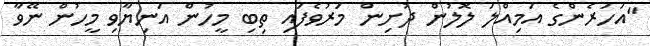
"އަހަރެންގެ އަމިއްލަ ލޮލުން ދުށިން މަރުވެފައި ތިބި މީހުން އަނިޔާވި މީހުން ނޭވާ